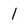
Character: 1